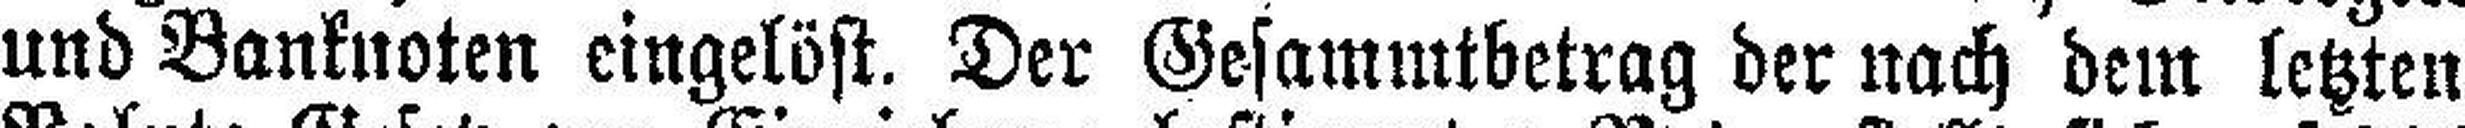
und Banknoten eingelöst. Der Gesammtbetrag der nach dem letzten